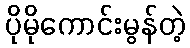
ပိုမိုကောင်းမွန်တဲ့